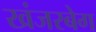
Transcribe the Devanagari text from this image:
खंजरबेग